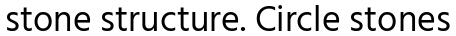
stone structure. Circle stones